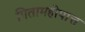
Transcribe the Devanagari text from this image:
पितामहोपात्त